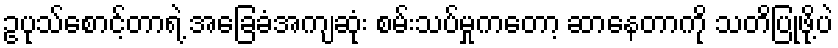
ဥပုသ်စောင့်တာရဲ့ အခြေခံအကျဆုံး စမ်းသပ်မှုကတော့ ဆာနေတာကို သတိပြုဖို့ပဲ